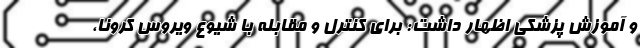
و آموزش پزشکی اظهار داشت: برای کنترل و مقابله با شیوع ویروس کرونا،